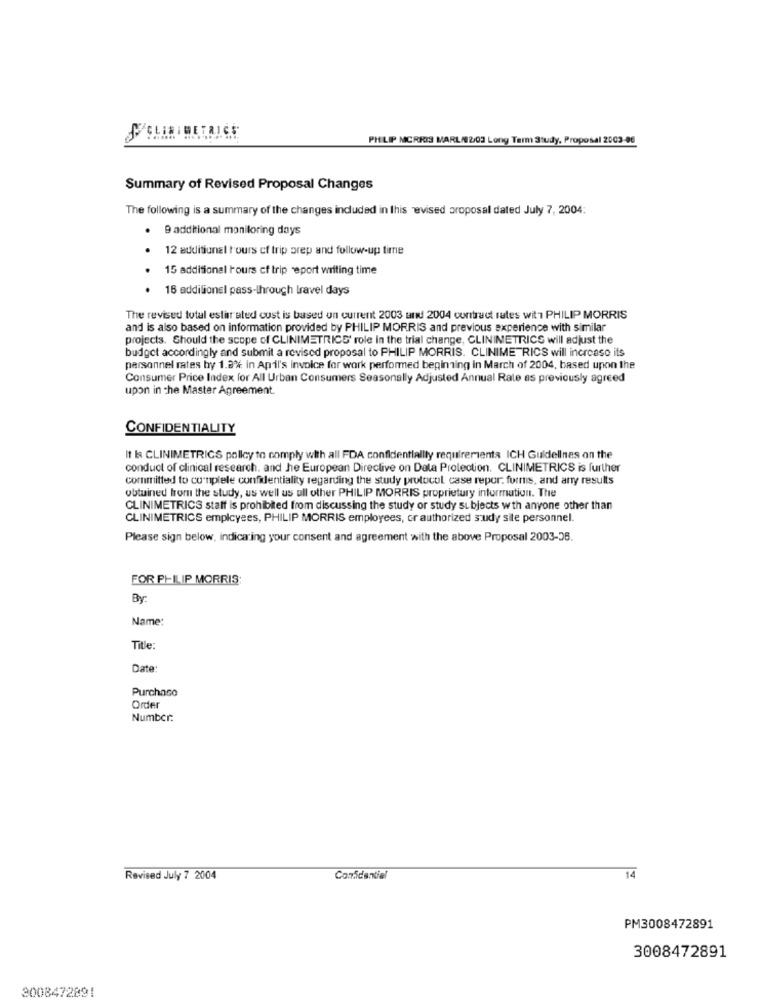
PHILIP MORRIS MARL/02/03 Long Term Study, Proposal 2003-06
Summary of Revised Proposal Changes
The following is a summary of the changes induded in this evised proposal dated July 7, 2004:
. 9 additional maniloring days
12 additional tours of trip prep and follow-up time
15 additional tours cf trip report writing time
16 addilionel pass-through travel days
The revised total estir ated cust is based on current 2003 und 2004 contract rates with1 PHILIP MORRIS
and is also based on information provided by PHILIP MORRIS and previous experience with similar
projects. Should the scope of CLINIMETRICS' role in the trial change, CLINIMETRICS will adjust the
budget accordingly and submit a revised proposal to PHILIP MORRIS. CLINIMETRICS will increase its
personnel rates by 1.2% in Apil's invoice for work performed beginning in March of 2004, based upon the
Consumer Price Index for All Urban Consumers Seasonally Adjusted Annual Rate as previously agreed
upon in the Master Agreement.
CONFIDENTIALITY
It Is CLINIMETRICS pollcy to comply with all FDA confidentiality requirements ICH Guidelines on the
conduct of clinical research, and he European Directive on Data Protection. CLINIMETRICS is further
committed to conplele confidentiality regarding the study protocol case repor. furnis, and any results
obtained from the study, us well us ull other PHILIP MORRIS proprietary information. The
CLINIMETRICS staff is prohibited from discussing the study or study subjects with anyone other than
CLINIMETRICS employees, PHILIP MORRIS employees, or authorized sudy site personnel.
Please sign below, indicating your consent and agreement with the above Proposal 2003-36.
FOR PHILIP MORRIS:
By:
Name:
Title:
Date:
Purchase
Order
Number:
Revised July 7 2004
Confidentiel
14
PM3008472891
3008472891
3008472891